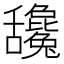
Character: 𦧻